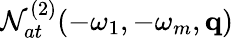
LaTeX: {\cal N}_{at}^{(2)}(-\omega_{1},-\omega_{m},\mathbf{q})